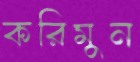
করিমুন